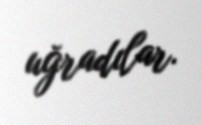
uğradılar.